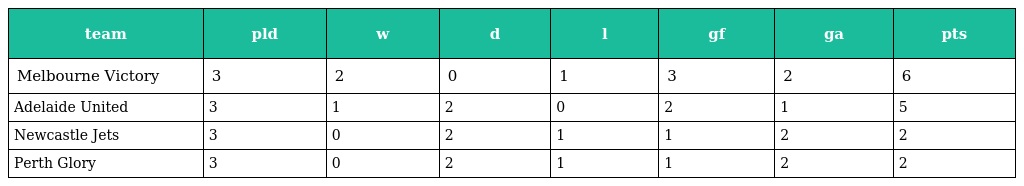
| team | pld | w | d | l | gf | ga | pts |
 | --- | --- | --- | --- | --- | --- | --- | --- |
 | Melbourne Victory | 3 | 2 | 0 | 1 | 3 | 2 | 6 |
 | Adelaide United | 3 | 1 | 2 | 0 | 2 | 1 | 5 |
 | Newcastle Jets | 3 | 0 | 2 | 1 | 1 | 2 | 2 |
 | Perth Glory | 3 | 0 | 2 | 1 | 1 | 2 | 2 |